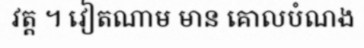
វត្ត ។ វៀតណាម មាន គោលបំណង